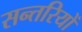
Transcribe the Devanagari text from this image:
सन्तरियों